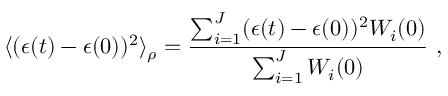
\langle ( \epsilon ( t ) - \epsilon ( 0 ) ) ^ { 2 } \rangle _ { \rho } = \frac { \sum _ { i = 1 } ^ { J } ( \epsilon ( t ) - \epsilon ( 0 ) ) ^ { 2 } W _ { i } ( 0 ) } { \sum _ { i = 1 } ^ { J } W _ { i } ( 0 ) } \mathrm { ~ , ~ }